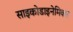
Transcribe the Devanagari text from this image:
साइकोडाइनेमिक्स